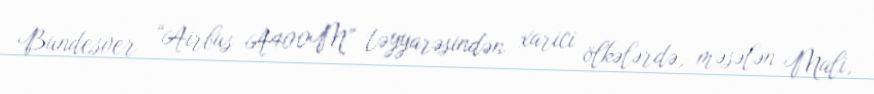
Bundesver “Airbus A400M” təyyarəsindən xarici ölkələrdə, məsələn Mali,